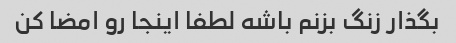
بگذار زنگ بزنم باشه لطفا اینجا رو امضا کن